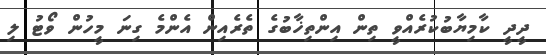
ދީދީ ކާމިޔާބުކުރެއްވީ ތިން އިންތިޚާބުގެ ތެރެއިން އެންމެ ގިނަ މީހުން ވޯޓު ލި